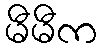
မီမီက